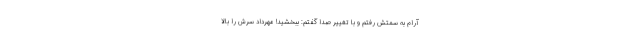
آرام به سمتش رفتم و با تغییر صدا گفتم: ببخشید! مهرداد سرش را بالا